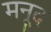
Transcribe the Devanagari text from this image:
मनूद